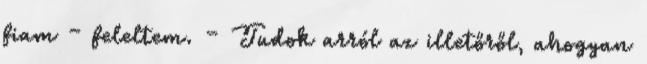
fiam – feleltem. – Tudok arról az illetőről, ahogyan